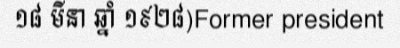
១៨ មីនា ឆ្នាំ ១៩២៨)Former president